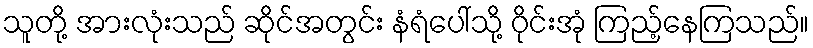
သူတို့ အားလုံးသည် ဆိုင်အတွင်း နံရံပေါ်သို့ ဝိုင်းအုံ ကြည့်နေကြသည်။